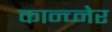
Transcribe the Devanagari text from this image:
कान्च्नेर